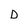
Character: D